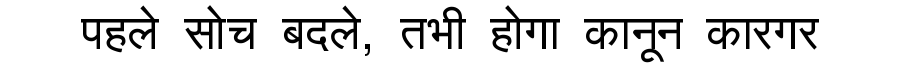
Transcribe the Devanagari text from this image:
पहले सोच बदले, तभी होगा कानून कारगर